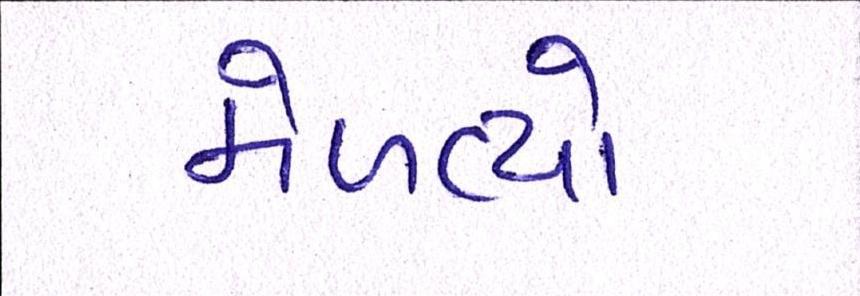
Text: મેળવ્યો